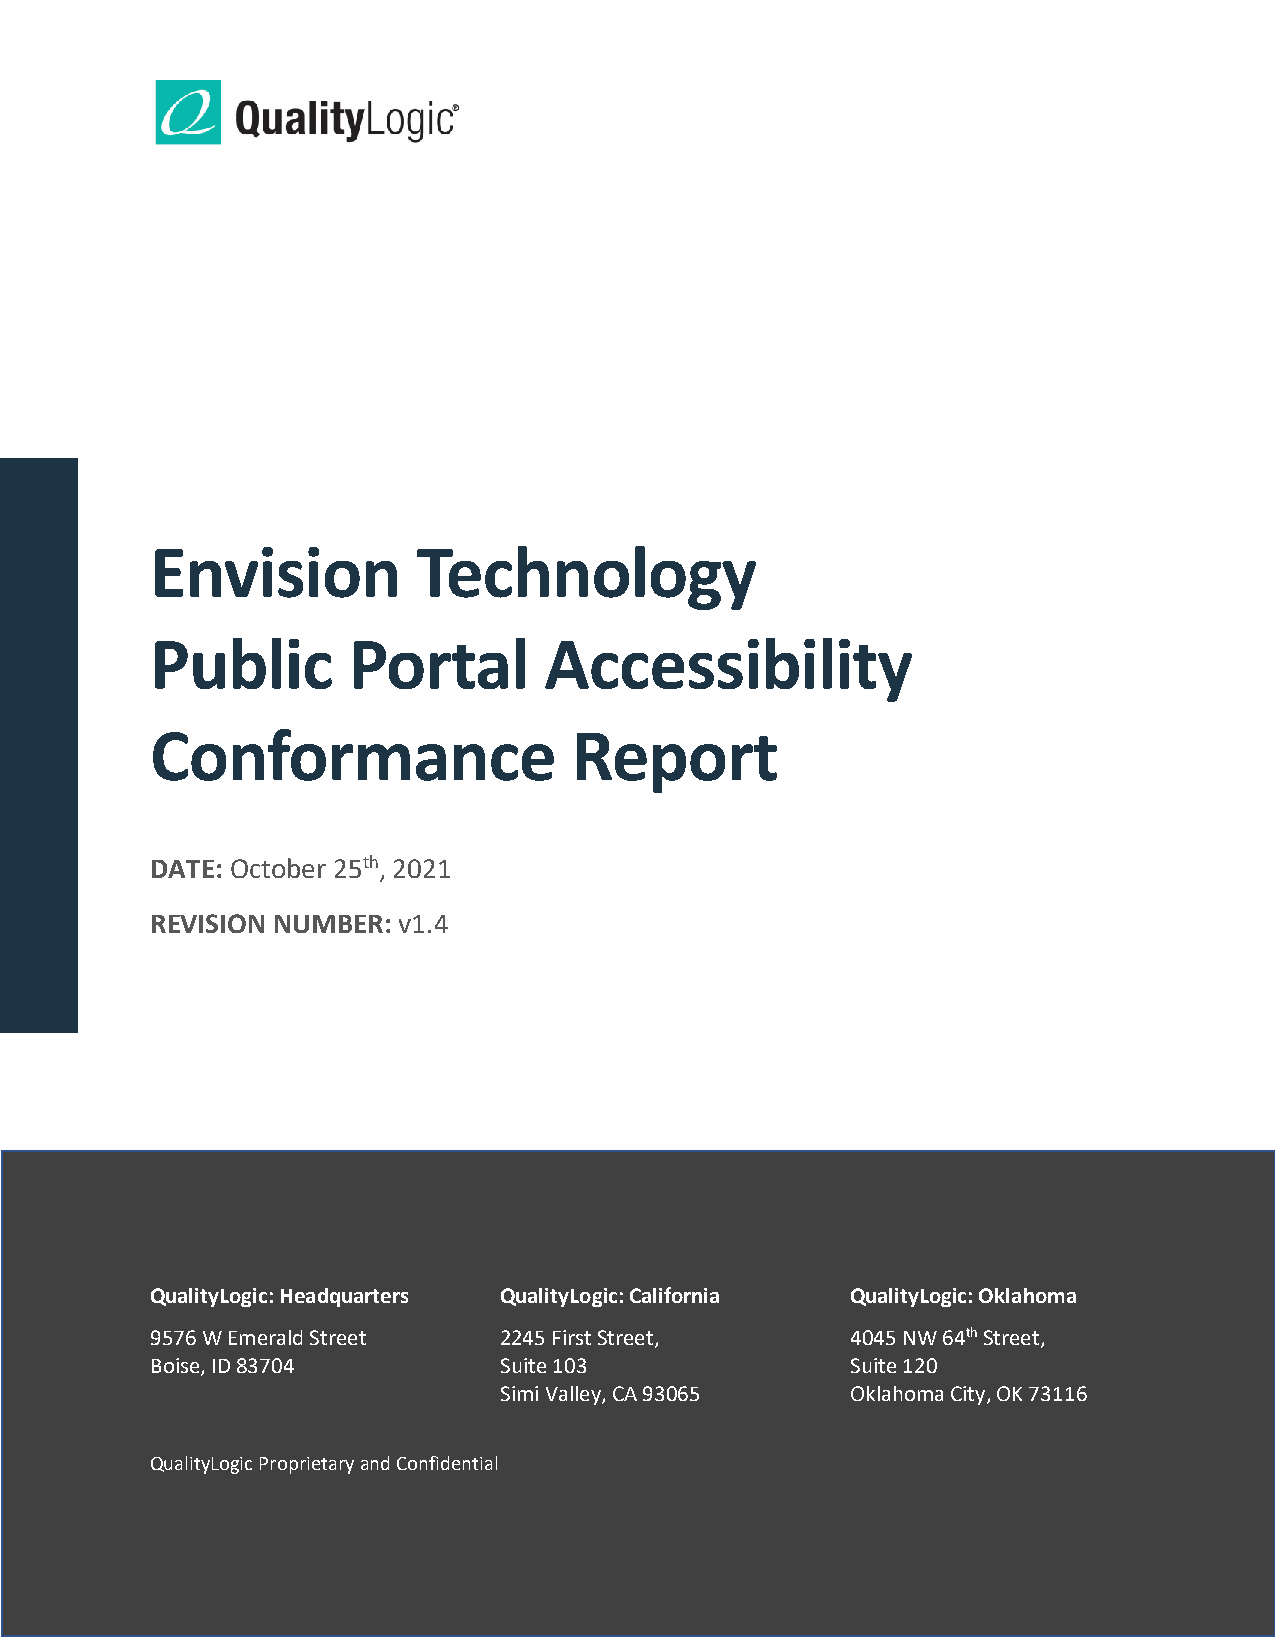
Envision          Technology
 Public       Portal       Accessibility
 Conformance                 Report
 DATE: October 25th, 2021
 REVISION NUMBER: v1.4
 QualityLogic: Headquarters QualityLogic: California QualityLogic: Oklahoma
 9576 W Emerald Street  2245 First Street,     4045 NW 64th Street,
 Boise, ID 83704        Suite 103              Suite 120
 Simi Valley, CA 93065  Oklahoma City, OK 73116
 QualityLogic Proprietary and Confidential